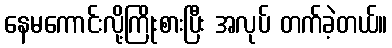
နေမကောင်းလို့ကြိုးစားပြီး အလုပ် တက်ခဲ့တယ်။